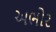
અભોર